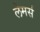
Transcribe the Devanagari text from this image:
लेमर्स